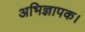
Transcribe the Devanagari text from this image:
अभिज्ञापक।